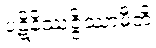
ပဋိနိဿဇ္ဇိဿာမီတိ